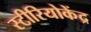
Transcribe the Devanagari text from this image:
स्टीरियोकेंद्र